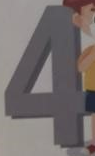
4